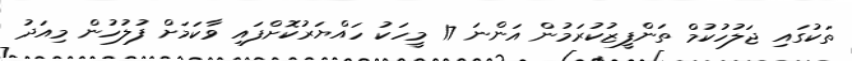
ތަކުގައި ޖަލުހުކުމް ތަންފީޒުކުރަމުން އަންނަ 17 މީހަކު ހައްޔަރުކޮށްފައި ވާކަމަށް ފުލުހުން މިއަދު